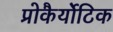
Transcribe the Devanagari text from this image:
प्रोकैर्योटिक